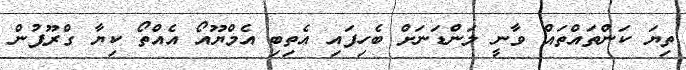
ތިޔަ ކަންތައްތައް ވާނީ ލަންޑަނަށް ބެހިފައި އެތިބި އެމްޔޫއޯ އެއްތޯ ކިޔާ ގްރޫޕުން